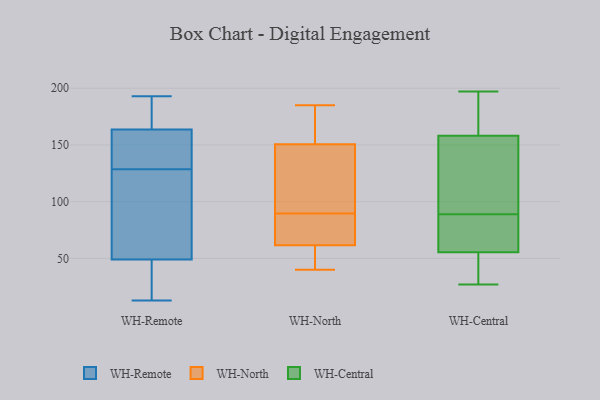
{"axis": {"x": "Latency (ms)", "y": "Value"}, "legend": ["WH-Central", "WH-North", "WH-Remote"], "data": [{"x": "", "y": 184, "type": "WH-Remote"}, {"x": "", "y": 85, "type": "WH-Remote"}, {"x": "", "y": 49, "type": "WH-Remote"}, {"x": "", "y": 65, "type": "WH-Remote"}, {"x": "", "y": 138, "type": "WH-Remote"}, {"x": "", "y": 193, "type": "WH-Remote"}, {"x": "", "y": 152, "type": "WH-Remote"}, {"x": "", "y": 13, "type": "WH-Remote"}, {"x": "", "y": 41, "type": "WH-Remote"}, {"x": "", "y": 169, "type": "WH-Remote"}, {"x": "", "y": 31, "type": "WH-Remote"}, {"x": "", "y": 158, "type": "WH-Remote"}, {"x": "", "y": 119, "type": "WH-Remote"}, {"x": "", "y": 143, "type": "WH-Remote"}, {"x": "", "y": 182, "type": "WH-Remote"}, {"x": "", "y": 49, "type": "WH-Remote"}, {"x": "", "y": 64, "type": "WH-North"}, {"x": "", "y": 52, "type": "WH-North"}, {"x": "", "y": 61, "type": "WH-North"}, {"x": "", "y": 94, "type": "WH-North"}, {"x": "", "y": 107, "type": "WH-North"}, {"x": "", "y": 184, "type": "WH-North"}, {"x": "", "y": 177, "type": "WH-North"}, {"x": "", "y": 79, "type": "WH-North"}, {"x": "", "y": 181, "type": "WH-North"}, {"x": "", "y": 40, "type": "WH-North"}, {"x": "", "y": 85, "type": "WH-North"}, {"x": "", "y": 60, "type": "WH-North"}, {"x": "", "y": 124, "type": "WH-North"}, {"x": "", "y": 185, "type": "WH-North"}, {"x": "", "y": 123, "type": "WH-North"}, {"x": "", "y": 62, "type": "WH-North"}, {"x": "", "y": 176, "type": "WH-Central"}, {"x": "", "y": 27, "type": "WH-Central"}, {"x": "", "y": 60, "type": "WH-Central"}, {"x": "", "y": 61, "type": "WH-Central"}, {"x": "", "y": 49, "type": "WH-Central"}, {"x": "", "y": 197, "type": "WH-Central"}, {"x": "", "y": 65, "type": "WH-Central"}, {"x": "", "y": 161, "type": "WH-Central"}, {"x": "", "y": 155, "type": "WH-Central"}, {"x": "", "y": 51, "type": "WH-Central"}, {"x": "", "y": 118, "type": "WH-Central"}, {"x": "", "y": 113, "type": "WH-Central"}]}